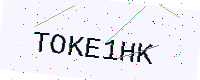
Text: TOKE1HK